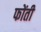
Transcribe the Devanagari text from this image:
फोंती